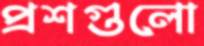
প্রশগুলো